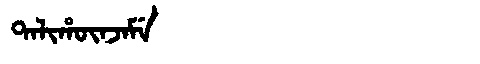
Manchu: ᡨᠠᠯᡳᡥᡡᠨᠵᠠᠮᡝ
Romanization: TALIHŪNJAME